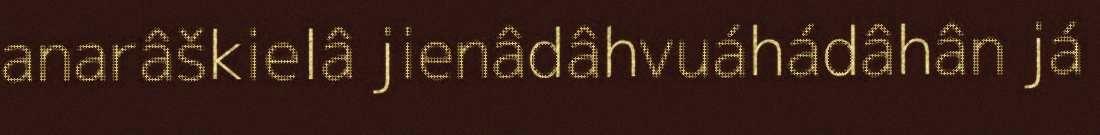
anarâškielâ jienâdâhvuáhádâhân já